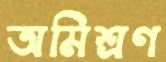
অমিশ্রণ